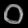
Digit: ၀